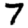
Digit: 7